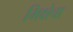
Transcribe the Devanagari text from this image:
भिक्षेचा